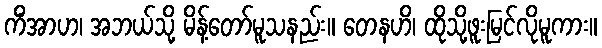
ကိံအာဟ၊ အဘယ်သို့ မိန့်တော်မူသနည်း။ တေနဟိ၊ ထိုသို့ဖူးမြင်လိုမူကား။